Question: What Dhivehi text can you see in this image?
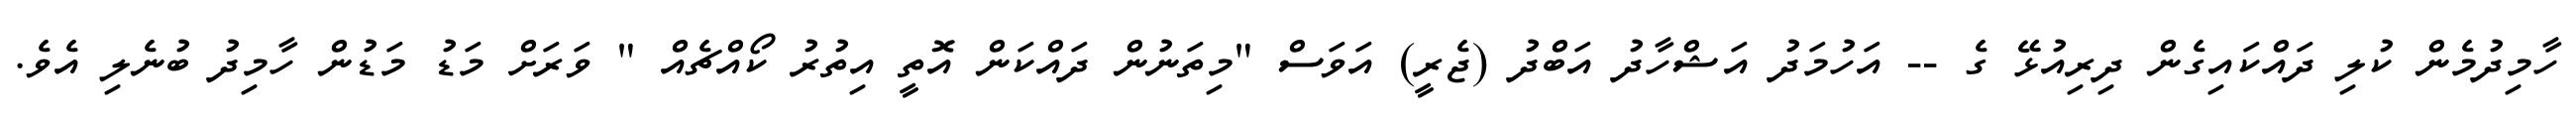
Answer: ހާމިދުމެން ކުލި ދައްކައިގެން ދިރިއުޅޭ ގެ -- އަހުމަދު އަޝްހާދު އަބްދު (ޖެރީ) އަވަސް "މިތަނުން ދައްކަން އޮތީ އިތުރު ކޯއްޗެއް " ވަރަށް މަޑު މަޑުން ހާމިދު ބުނެލި އެވެ.